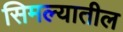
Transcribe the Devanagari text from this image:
सिमल्यातील